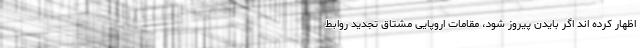
اظهار کرده اند اگر بایدن پیروز شود، مقامات اروپایی مشتاق تجدید روابط